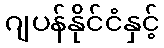
ဂျပန်နိုင်ငံနှင့်